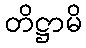
တိဋ္ဌာမိ